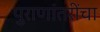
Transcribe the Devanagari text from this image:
पुराणांतरींचा